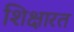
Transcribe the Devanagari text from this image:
शिक्षारत